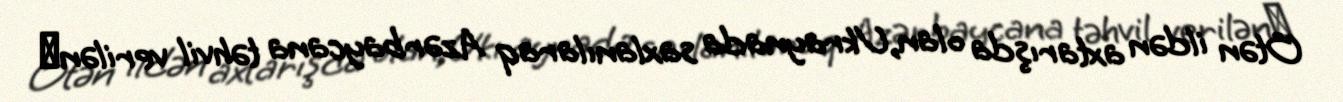
Ötən ildən axtarışda olan, Ukraynada saxlanılaraq Azərbaycana təhvil verilən​